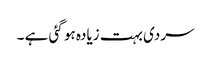
سردی بہت زیادہ ہو گئی ہے ۔